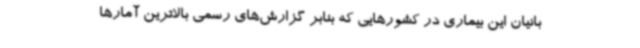
بانیان این بیماری در کشورهایی که بنابر گزارش‌های رسمی بالاترین آمارها